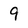
Character: 9